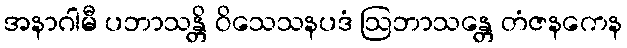
အနာဂါမီ ပဘာသန္တိ ဝိသေသနပဒံ ဩဘာသန္တေ တံဇနကေန